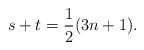
LaTeX: \begin{align*}s + t = \frac{1}{2}(3n+1). \end{align*}